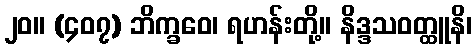
၂၀။ (၄၀၇) ဘိက္ခဝေ၊ ရဟန်းတို့။ နိဒ္ဒသဝတ္ထူနိ၊